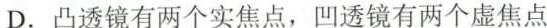
D.凸透镜有两个实焦点，凹透镜有两个虚焦点